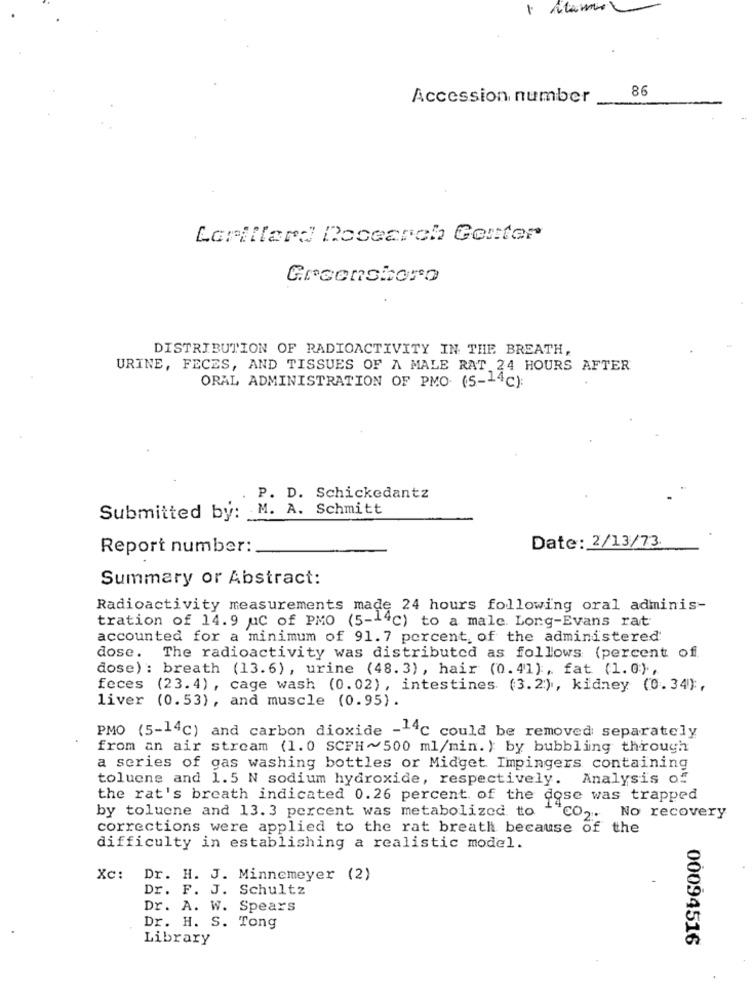
86
Accession number
Lomillard Docearch Center
Greensboro
DISTRIBUTION OF RADIOACTIVITY IN THE BREATH,
URINE, FECES, AND TISSUES OF A MALE RAT 24 HOURS AFTER
ORAL ADMINISTRATION OF PMO (5-14c):
P. D. Schickedantz
Submitted by: M. A. Schmitt
Date: 2/13/73.
Report number:
Summary or Abstract:
Radioactivity measurements made 24 hours following oral adminis-
tration of 14.9 uc of PMO (5-14℃) to a male. Long-Evans rat
accounted for a minimum of 91.7 percent, of the administered
dose. The radioactivity was distributed as follows (percent of
dose) : breath (13.6), urine (48.3), hair (0.41}, fat (1.0},
feces (23.4) , cage wash (0.02), intestines (3.2), kidney (0.34},
liver (0.53), and muscle (0.95).
PMO (5-14c) and carbon dioxide -- 4℃ could be removed separately
from an air stream (1.0 SCFH~500 ml/min. ) by bubbling through
a series of gas washing bottles or Midget Impingers containing
toluene and 1.5 N sodium hydroxide, respectively. Analysis of
the rat's breath indicated 0.26 percent of the dose was trapped
by toluone and 13.3 percent was metabolized to -"CO2. No recovery
corrections were applied to the rat breath because of the
difficulty in establishing a realistic model.
Xc:
Dr. H. J. Minnemeyer (2)
Dr. F. J. Schultz
Dr. A. W. Spears
Dr. H. S. Tong
Library
00094516